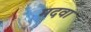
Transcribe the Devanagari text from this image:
मदवा